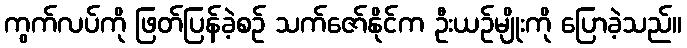
ကွက်လပ်ကို ဖြတ်ပြန်ခဲ့စဉ် သက်ဇော်နိုင်က ဦးယဉ်မျိုးကို ပြောခဲ့သည်။